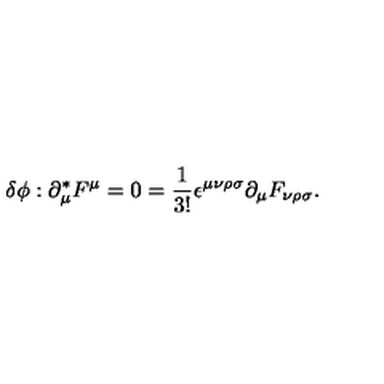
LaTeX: \delta \phi : \partial _ { \mu } ^ { * } F ^ { \mu } = 0 = \frac { 1 } { 3 ! } \epsilon ^ { \mu \nu \rho \sigma } \partial _ { \mu } F _ { \nu \rho \sigma } .